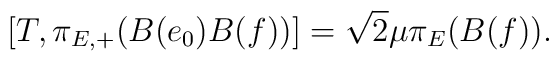
[ T,\pi_{E,+}(B(e_0)B(f)) ] =\sqrt{2} \mu \pi_E(B(f)).